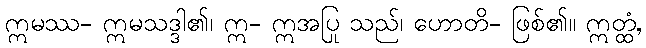
ဣမဿ- ဣမသဒ္ဒါ၏၊ ဣ- ဣအပြု သည်၊ ဟောတိ- ဖြစ်၏။ ဣတ္ထံ,